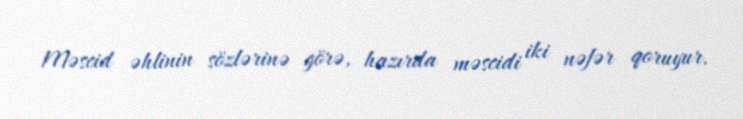
Məscid əhlinin sözlərinə görə, hazırda məscidi iki nəfər qoruyur.